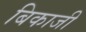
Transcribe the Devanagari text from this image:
बिकाजी